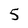
Character: 5